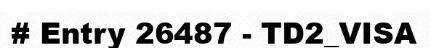
# Entry 26487 - TD2_VISA